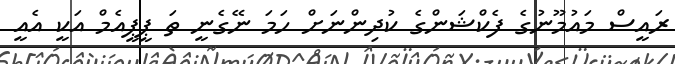
ރައީސް މައުމޫނުގެ ފެކްޝަންގެ ކުދިންނަށް ހަމަ ނޭގެނީ ތަ ޕީޕީއެމް އަކީ އެއީ